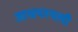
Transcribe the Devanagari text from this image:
आश्रयस्थली